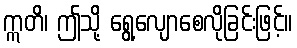
ဣတိ၊ ဤသို့ ရွေ့လျောစေလိုခြင်းဖြင့်။